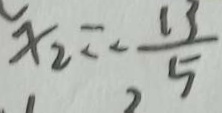
x _ { 2 } = - \frac { 1 3 } { 5 }